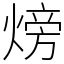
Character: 𪹚